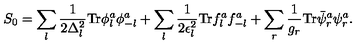
S _ { 0 } = \sum _ { l } \frac { 1 } { 2 \Delta _ { l } ^ { 2 } } \mathrm { T r } \phi _ { l } ^ { a } \phi _ { - l } ^ { a } + \sum _ { l } \frac { 1 } { 2 \epsilon _ { l } ^ { 2 } } \mathrm { T r } f _ { l } ^ { a } f _ { - l } ^ { a } + \sum _ { r } \frac { 1 } { g _ { r } } \mathrm { T r } \bar { \psi } _ { r } ^ { a } \psi _ { r } ^ { a } .